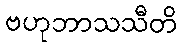
ဗဟုဘာသသီတိ